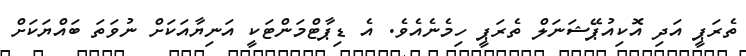
ތެރަޕީ އަދި އޮކިއުޕޭޝަނަލް ތެރަޕީ ހިމެނެއެވެ. އެ ޑިޕާޓްމަންޓަކީ އަނިޔާއަކަށް ނުވަތަ ބައްޔަކަށް